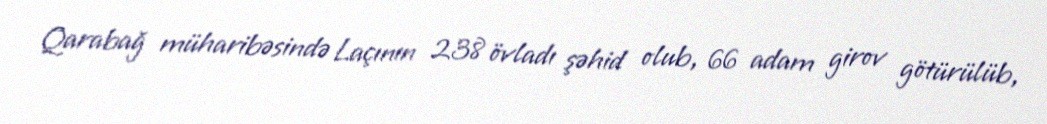
Qarabağ müharibəsində Laçının 238 övladı şəhid olub, 66 adam girov götürülüb,